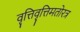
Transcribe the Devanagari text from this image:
वृत्तिवृत्तिमतोरत्र